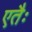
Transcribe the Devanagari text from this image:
एतैः